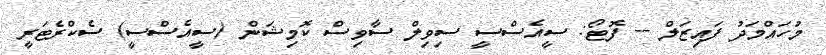
މުހައްމަދު ފައިޒަލް -- ފޮޓޯ: ސީއެސްސީ ސިވިލް ސާވިސް ކޮމިޝަން (ސީއެސްސީ) ސެކްރެޓަރީ